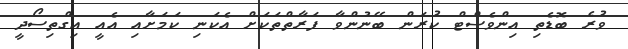
ވުރެ ބޮޑެތި އިންވެސްޓް ކުރަން ބޭނުންވާ ފަރާތްތަކަށް އެކަނި ކަމަށާއި އެއީ އިގްތިސޯދީ